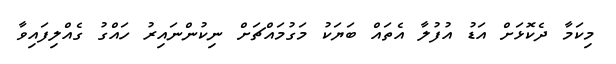
މިކަމާ ދެކޮޅަށް އަޑު އުފުލާ އެތައް ބަޔަކު މަގުމައްޗަށް ނިކުންނައިރު ހައްގު ގެއްލިފައިވާ